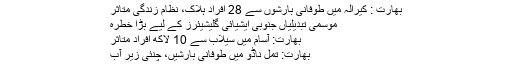
بھارت : کیرالہ میں طوفانی بارشوں سے 28 افراد ہلاک، نظامِ زندگی متاثر
موسمی تبدیلیاں جنوبی ایشیائی گلیشیئرز کے لیے بڑا خطرہ
بھارت: آسام میں سیلاب سے 10 لاکھ افراد متاثر
بھارت: تمل ناڈو میں طوفانی بارشیں، چنئی زیرِ آب